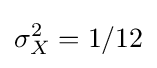
\sigma _{X}^{2}=1/12